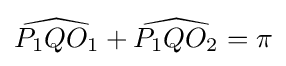
{\widehat {P_{1}QO_{1}}}+{\widehat {P_{1}QO_{2}}}=\pi